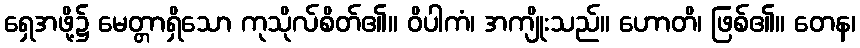
ရှေအဖို့၌ မေတ္တာရှိသော ကုသိုလ်စိတ်၏။ ဝိပါကံ၊ အကျိုးသည်။ ဟောတိ၊ ဖြစ်၏။ တေန၊